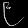
Digit: ၉